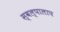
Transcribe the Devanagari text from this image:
स्वल्पालाप